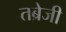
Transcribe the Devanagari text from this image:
तब्रेजी